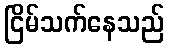
ငြိမ်သက်နေသည်